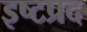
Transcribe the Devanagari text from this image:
इष्टप्रद